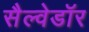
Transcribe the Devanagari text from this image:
सैल्वेडॉर